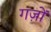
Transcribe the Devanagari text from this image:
गज़ों